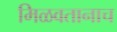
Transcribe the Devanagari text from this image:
मिळवतानाच